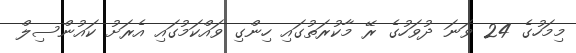
މިމަހުގެ 24 ވަނަ ދުވަހުގެ ރޭ މާކުރަތުގައި ހިންގި ވައްކަމުގައި އެރަށު ކައުންސިލް